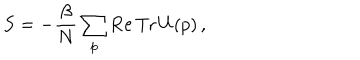
S = - \frac { \beta } { N } \sum _ { p } \mathrm { R e \, T r } \, U ( p ) \, ,